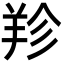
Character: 𦍪